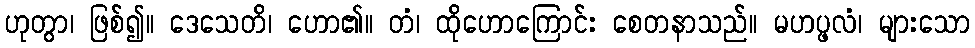
ဟုတွာ၊ ဖြစ်၍။ ဒေသေတိ၊ ဟော၏။ တံ၊ ထိုဟောကြောင်း စေတနာသည်။ မဟပ္ဖလံ၊ များသော